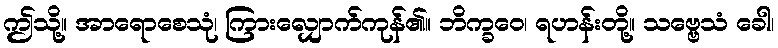
ဤသို့။ အာရောစေသုံ၊ ကြားလျှောက်ကုန်၏။ ဘိက္ခဝေ၊ ရဟန်းတို့။ သဗ္ဗေသံ ခေါ၊